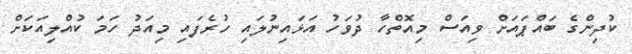
ކުދިންގެ ބައްޕައަށް ވިއަސް މިއޮތްހާ ދުވަހު އަޅައިނުލައި ހުރެފައި މިއަދު ހަމަ ކުއްލިއަކަށް